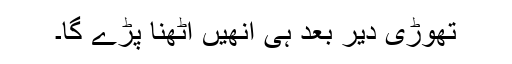
تھوڑی دیر بعد ہی اُنھیں اُٹھنا پڑے گا۔